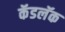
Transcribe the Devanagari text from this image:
कॅडलॅक